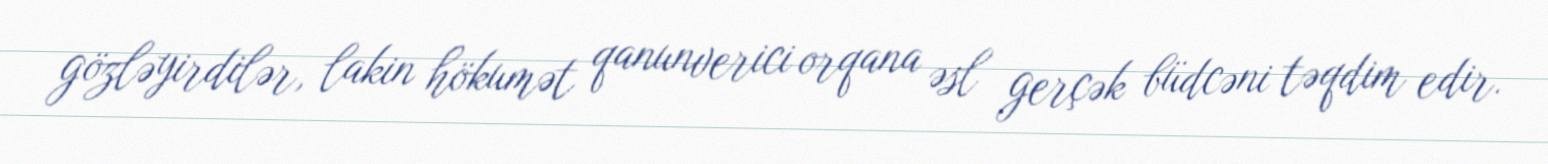
gözləyirdilər, lakin hökumət qanunverici orqana əsl gerçək büdcəni təqdim edir.